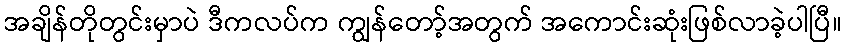
အချိန်တိုတွင်းမှာပဲ ဒီကလပ်က ကျွန်တော့်အတွက် အကောင်းဆုံးဖြစ်လာခဲ့ပါပြီ။